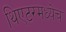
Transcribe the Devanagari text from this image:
थिएटरमध्येच